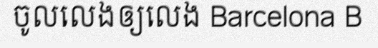
ចូលលេងឲ្យលេង Barcelona B